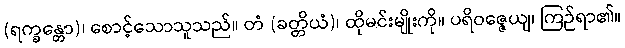
(ရက္ခန္တော)၊ စောင့်သောသူသည်။ တံ (ခတ္တိယံ)၊ ထိုမင်းမျိုးကို။ ပရိဝဇ္ဇေယျ၊ ကြဉ်ရာ၏။